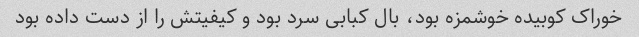
خوراک کوبیده خوشمزه بود، بال کبابی سرد بود و کیفیتش را از دست داده بود